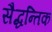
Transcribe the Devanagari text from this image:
सैद्धन्तिक